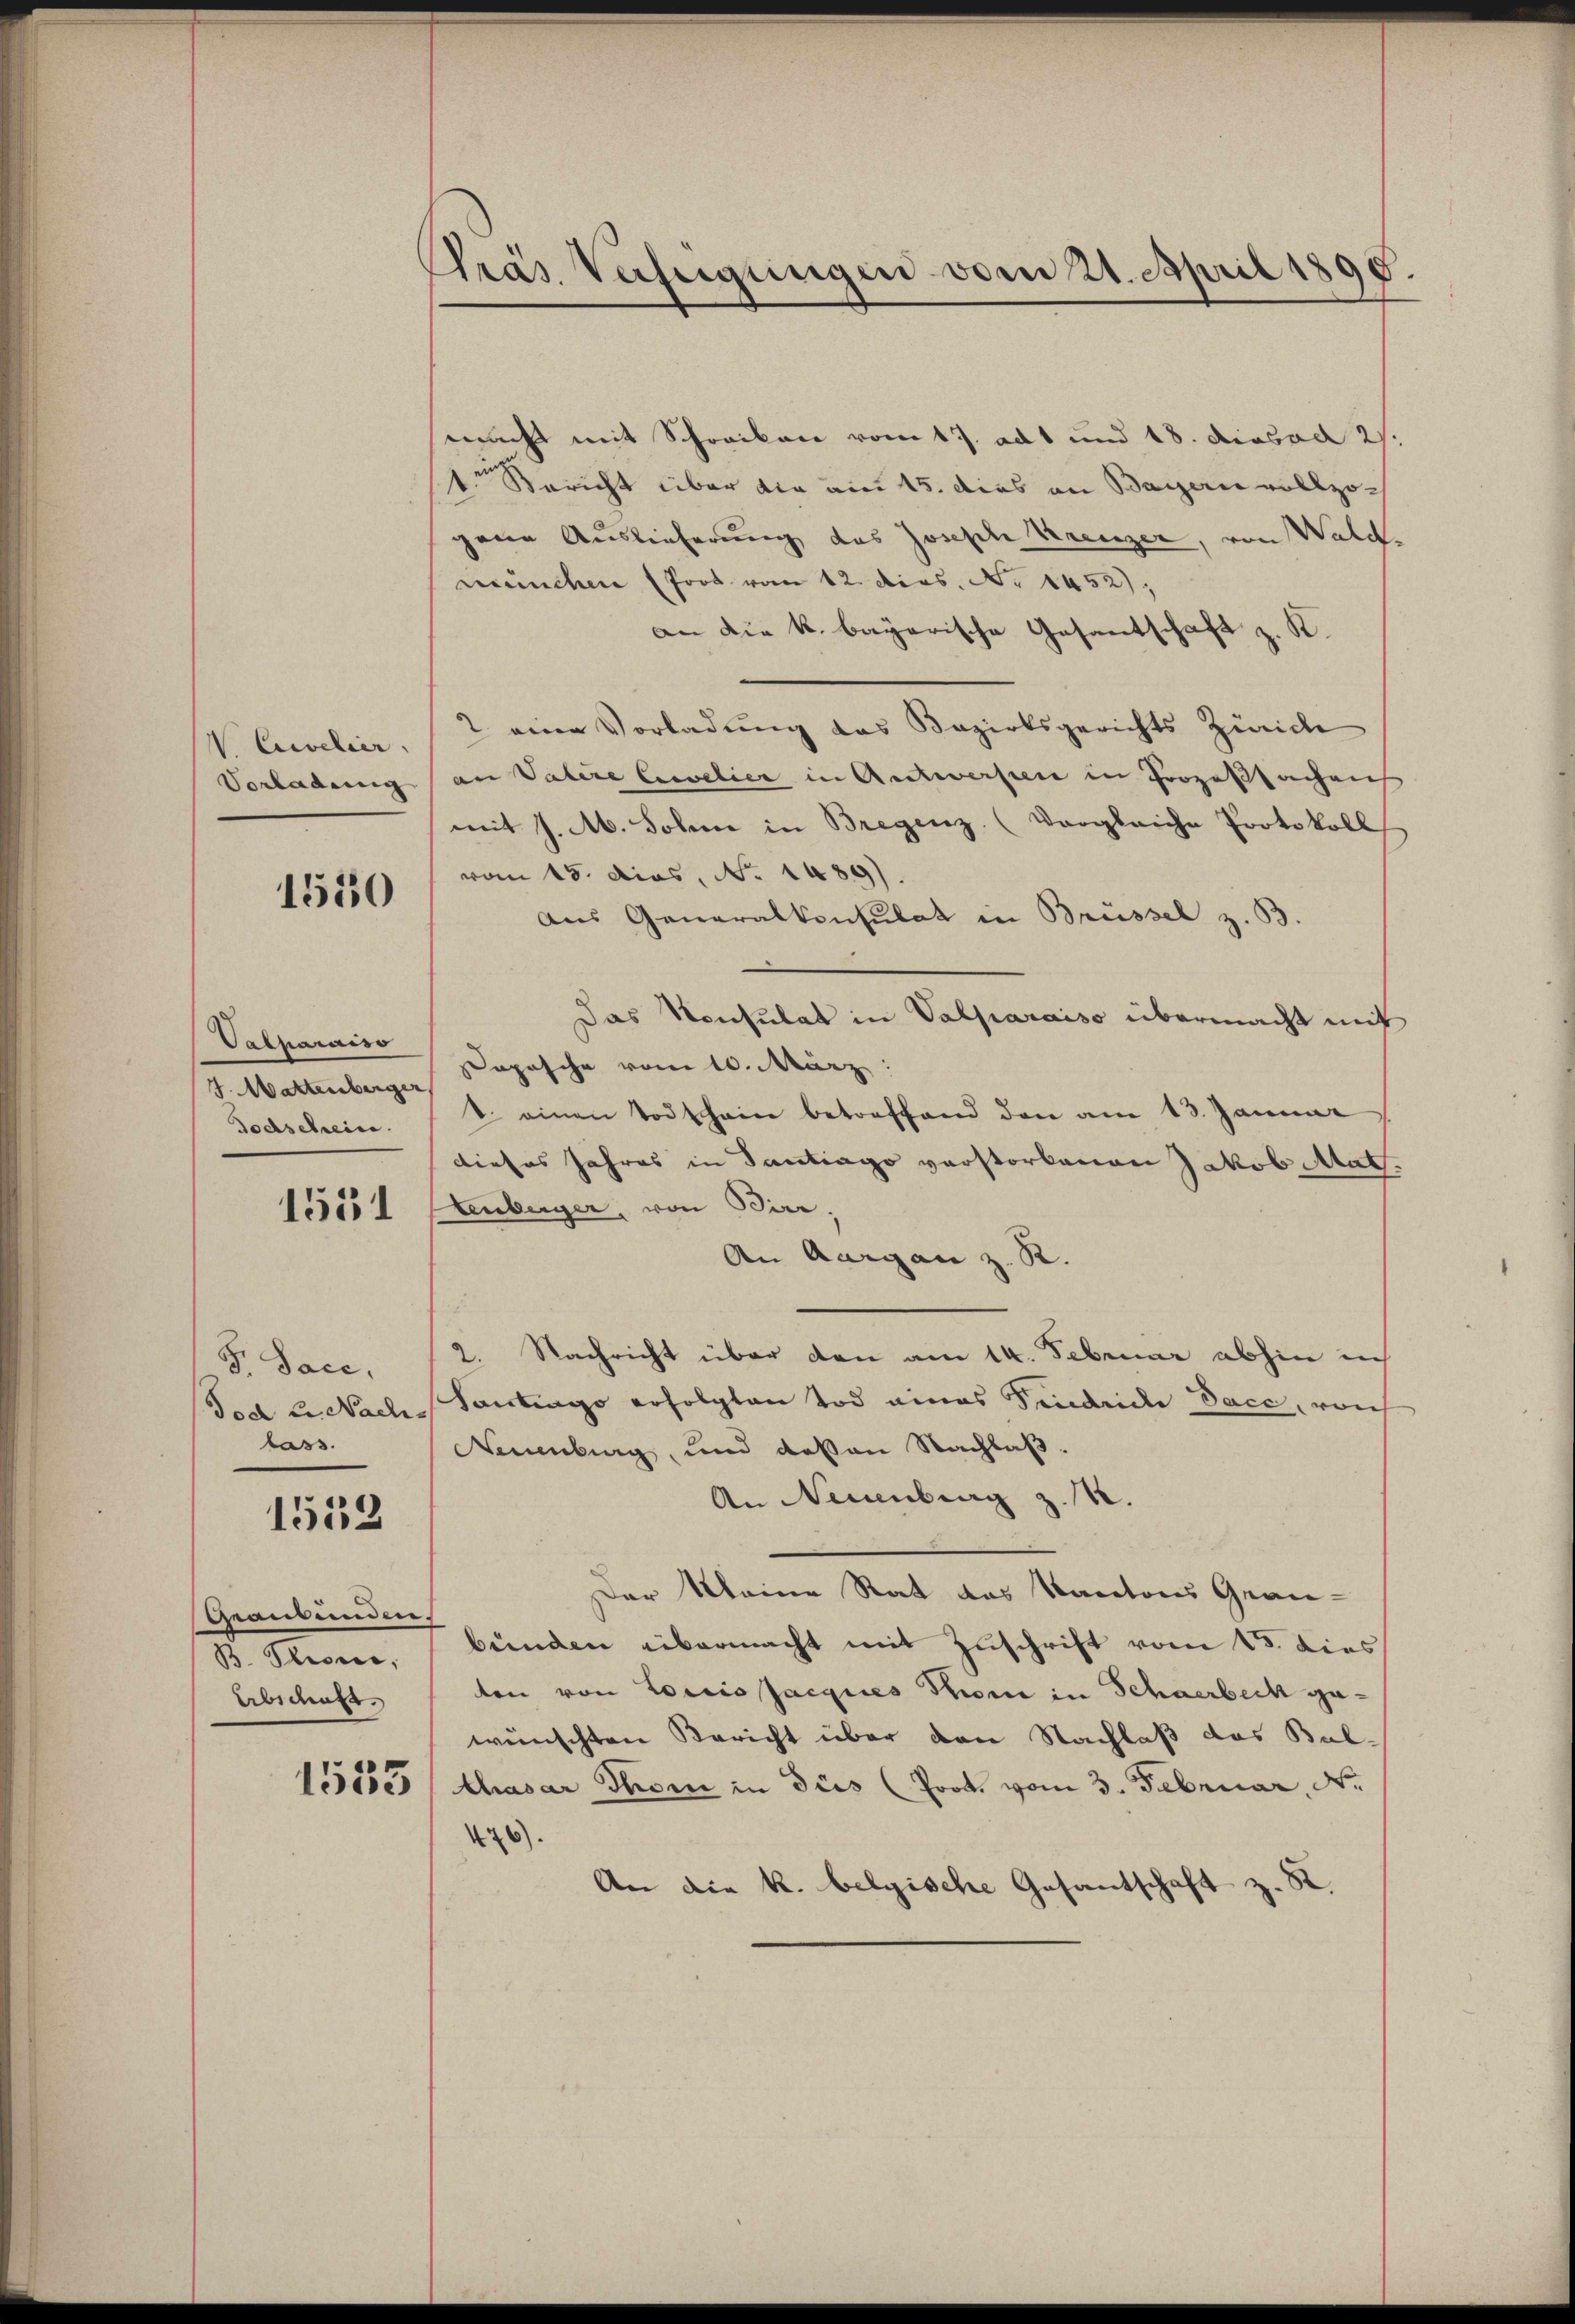
V Crevelier.
Vorladung

1550

Valparaiso
J. Mattenberger
dodschein.

1551

Dr. Sace,
Tod 2. Nach-
lass

1553

Geantenden
B. Pioni,
Abschaft.

1533

Pras Verfügungen vom 21. April 1890.

macht mit Schreiben vom 17. ad 1 und 18. diesen 21.
t Bericht über die am 15. dies an Bayern vollzogene Auslieferung des Josisch Kreuzer, von Wald.
wünchen (Pros vom 12. dies. No 1452);
an die k. bayerische Gesantschaft z. K.
1 eine Vorladung das Bezirksgerichts Zürich
an Valere Cerelier in Antwerfen in Prozeßsachen
mit J. M. Johann in Bregenz. (Vergleiche Protokoll
vom 15. dies, No. 1489).
Aus Generalkonsulat in Brüssel z. B
Das Konsulat in Valparaiso übermacht mit
Dopische vom 10. März :
d. einen Todschein betreffend den am 13. Januar
dieses Jahres in Tantrag verstorbenen Jakob Math.
tenberger, von Birr.
An Aargau z. R.
2. Nachricht über den am 14. Februar abhin ich
Santinge erfolgten Tod eines Fendliche Dace, von
Neuenburg, und deßen Nachlaß.
An Neuenburg z. B.
Der Meine Rat des Kantons Gran-
bünden übermacht mit Zuschrift vom 15. dies
ten von Louis Jacques Thon in Schaerbeck gewünschten Bericht über den Nachlaß das Balthasar Thorn in dies (Prok. vom 3. Februar, N.
126).
An die k. belgische Gesantschaft z. B.